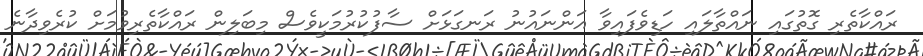
ރައްކާތެރި ގޮތުގައި ނައްތާލައި ހަޑިވެފައިވާ އަންނައުނު ރަނގަޅަށް ސާފުކުރުމަކީވެސް މިބަލިން ރައްކާތެރިވުމަށް ކުރެވިދާނެ